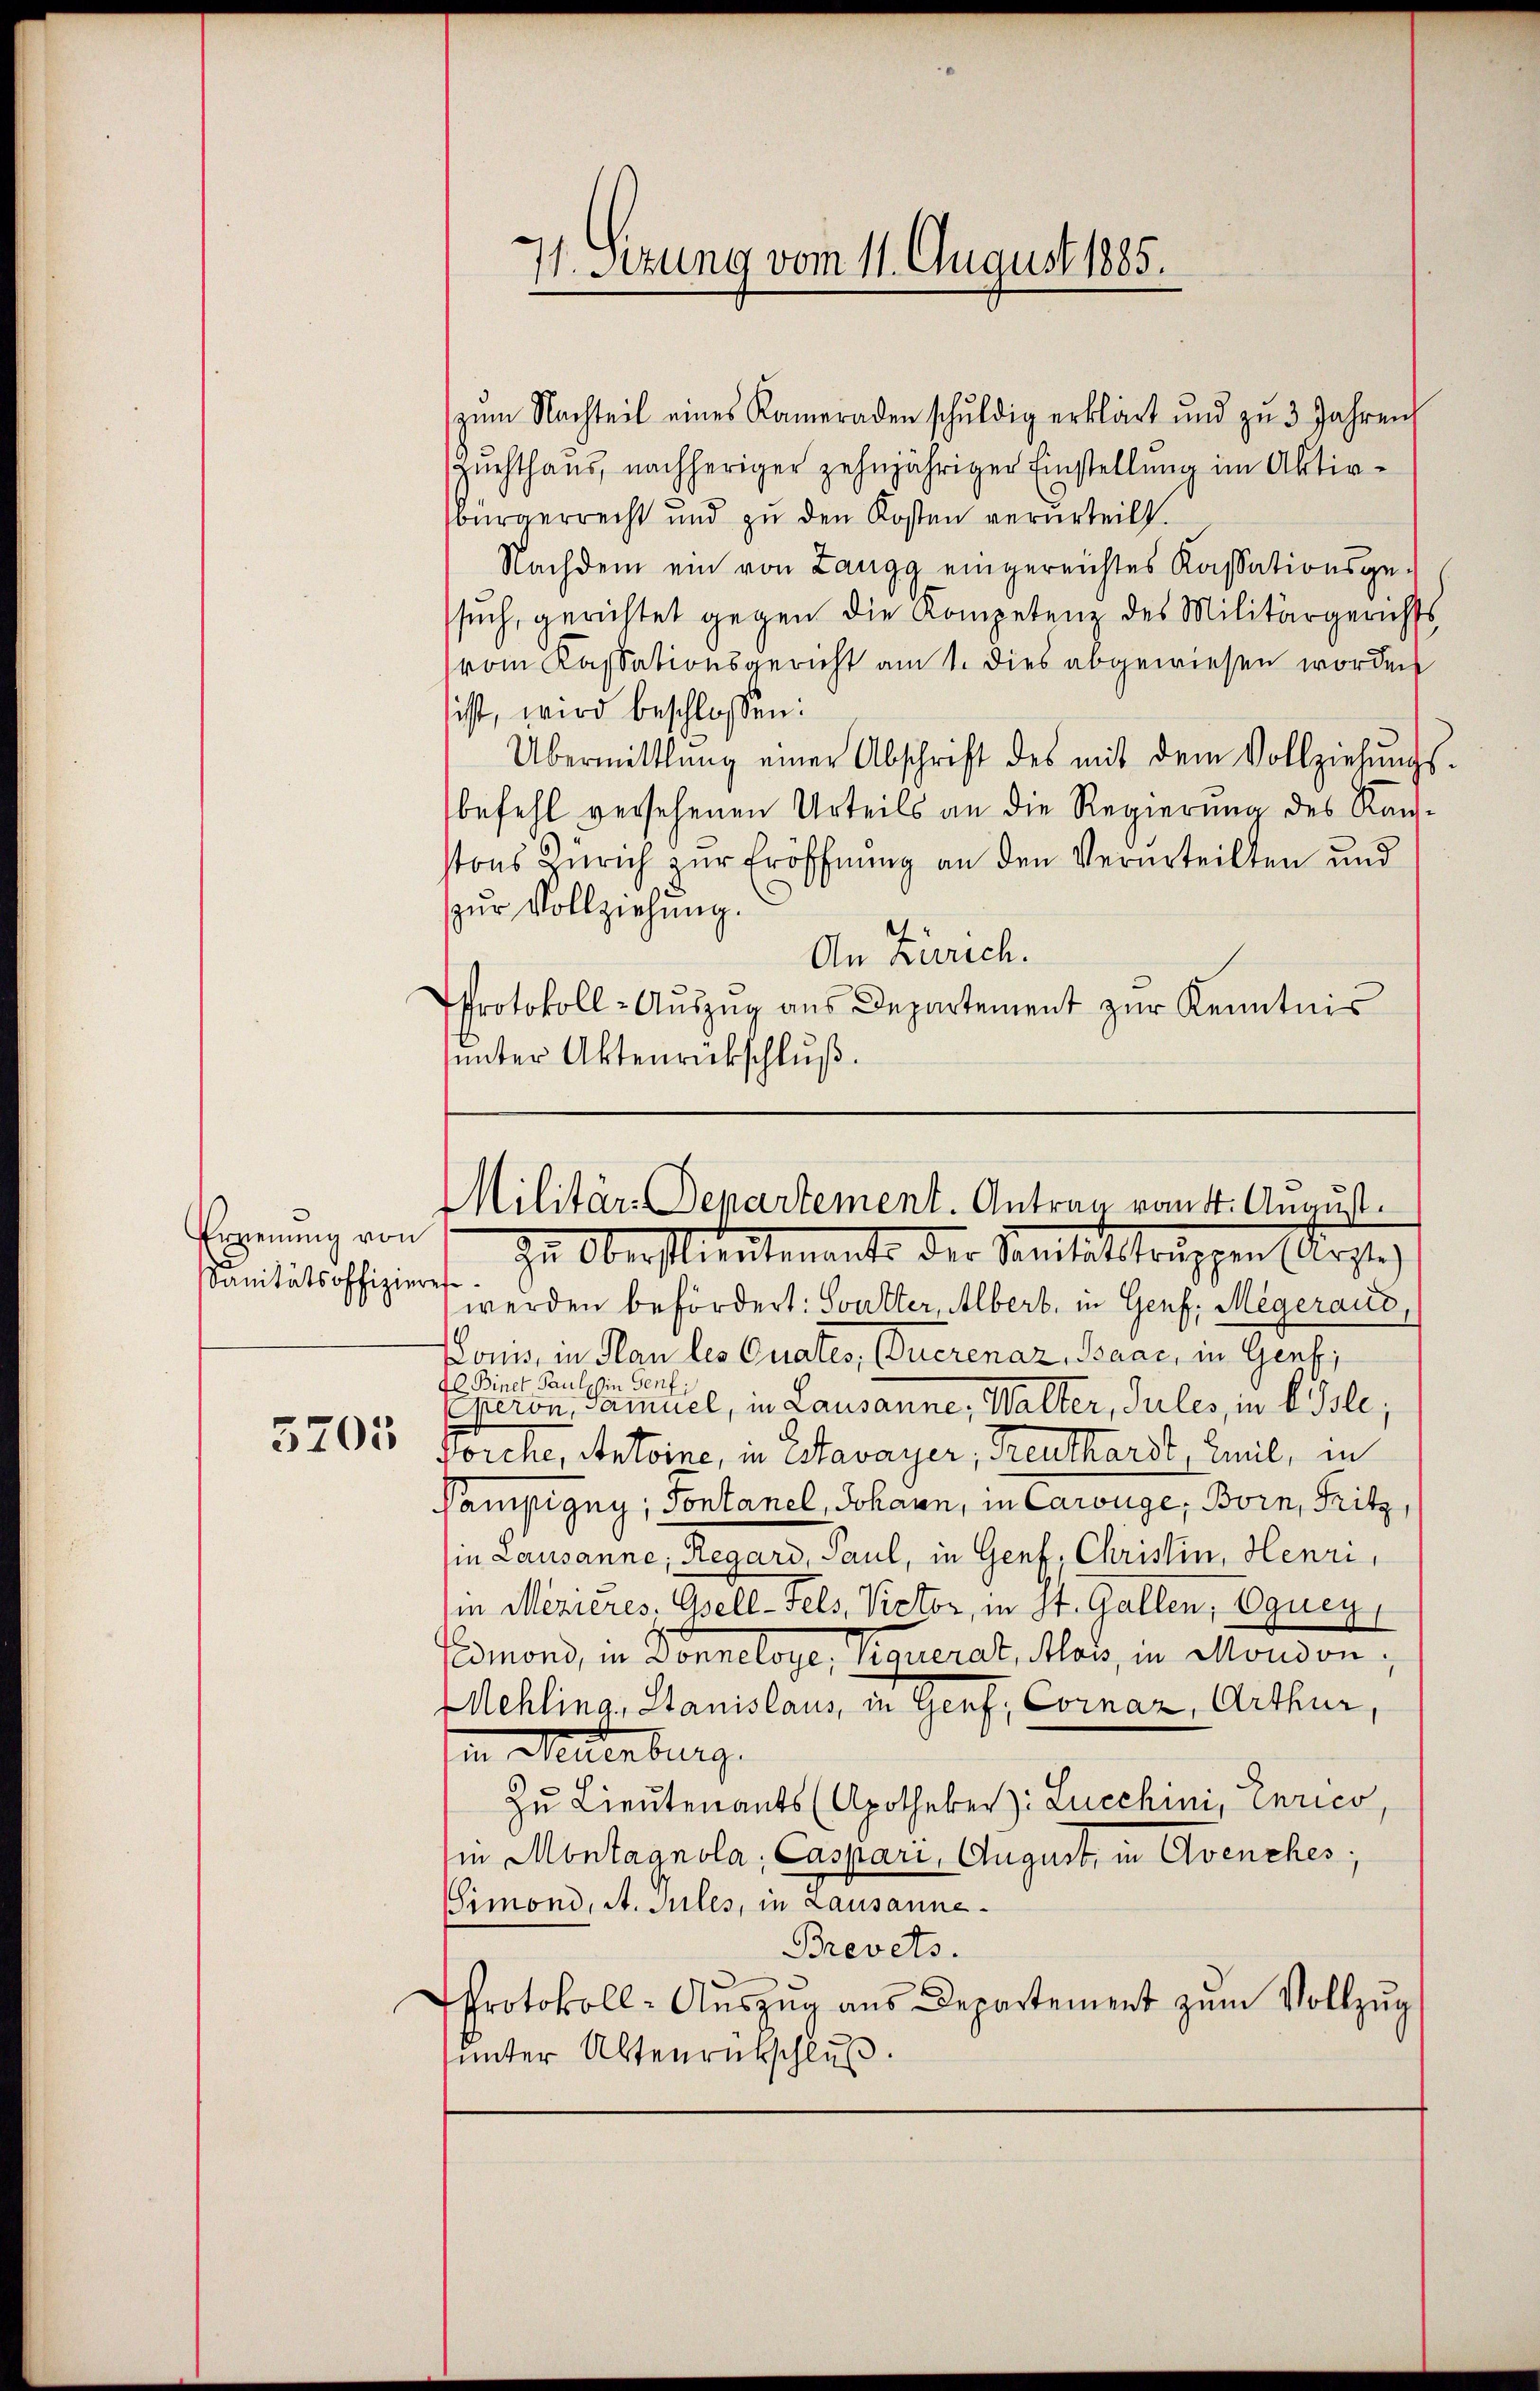
Ernennung von
Sanitätsoffizieres

5205

puchthaus, nachheriger zehnjähriger Einstellung im Aktivbürgerrecht und zu den Kosten verurteilt.
Nachdem ein von Langg eingereichtes Kassationsge-
such, gerichtet gegen die Kompetenz des Militärgerichts
vom Kassationsgericht am 1. dies abgewiesen worden
ist, wird beschlossen:
Übermittlung einer Abschrift des mit dem Vollziehŭngs-
befehl versehenen Urteils an die Regierung des Kanstons Zürich zur Eröffnung an den Verurteilten und
zur Vollziehung.
An Zürich.
Protokoll-Aŭszŭg aŭs Departement zŭr Kenntnis
unter Aktenrückschluß.

In Oberstlieutenante der Sanitätstruppen (Arglic
werden befördert: Soulter, Albert, in Genf, Megeraus,
Loms, in Plan les Quates, Euerenaz, Baar, in Genf,
4l. Binet Paul, in Genf;
peron, Samuel, in Lausanne, Walter, Jules, in bisle;
Forche, Antoine, in Estavayer, Treuthardt, Emil, in
Pampigny, Sontanel, Johann, in Carüge, Born, Fritz,
in Lausanne, Regard, Paul, in Genf, Christin, Henri
in Mezieres. Gsell-Fels, Victor, in St. Gallen, Equey
smond, in Donneloge, Viquerat, Mos, in Moudon,
Mehling, Stanislaus, in Genf, Cornaz, Arthur,
in Neuenburg.
Zu Lieutenants (Apotheker: Lucchini, Enrico,
in Montagnola, Caspari, August, in Avenches
Simond, A. Sules, in Lausanne¬
Brevets.
Protokoll- Aŭszŭg ans Departement zum Vollzug
unter Altenrückschluß.

71. Sezung vom 11. August 1885.

zum Nachteil eines Kameraden schuldig erklärt und zŭ 3 Jahren

Militär-Departement. Antrag vom 4. August.